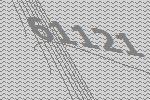
61121